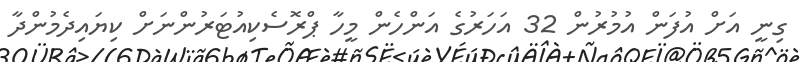
ގިނީ އަށް އުފަން އުމުރުން 32 އަހަރުގެ އަންހެން މީހާ ޕްރޮސެކިއުޓަރުންނަށް ކިޔައިދެމުންދާ